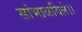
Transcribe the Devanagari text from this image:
सांभाळविले।।